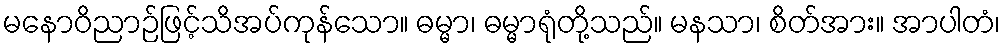
မနောဝိညာဉ်ဖြင့်သိအပ်ကုန်သော။ ဓမ္မာ၊ ဓမ္မာရုံတို့သည်။ မနသာ၊ စိတ်အား။ အာပါတံ၊